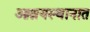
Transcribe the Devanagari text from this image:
आश्रयस्थानात